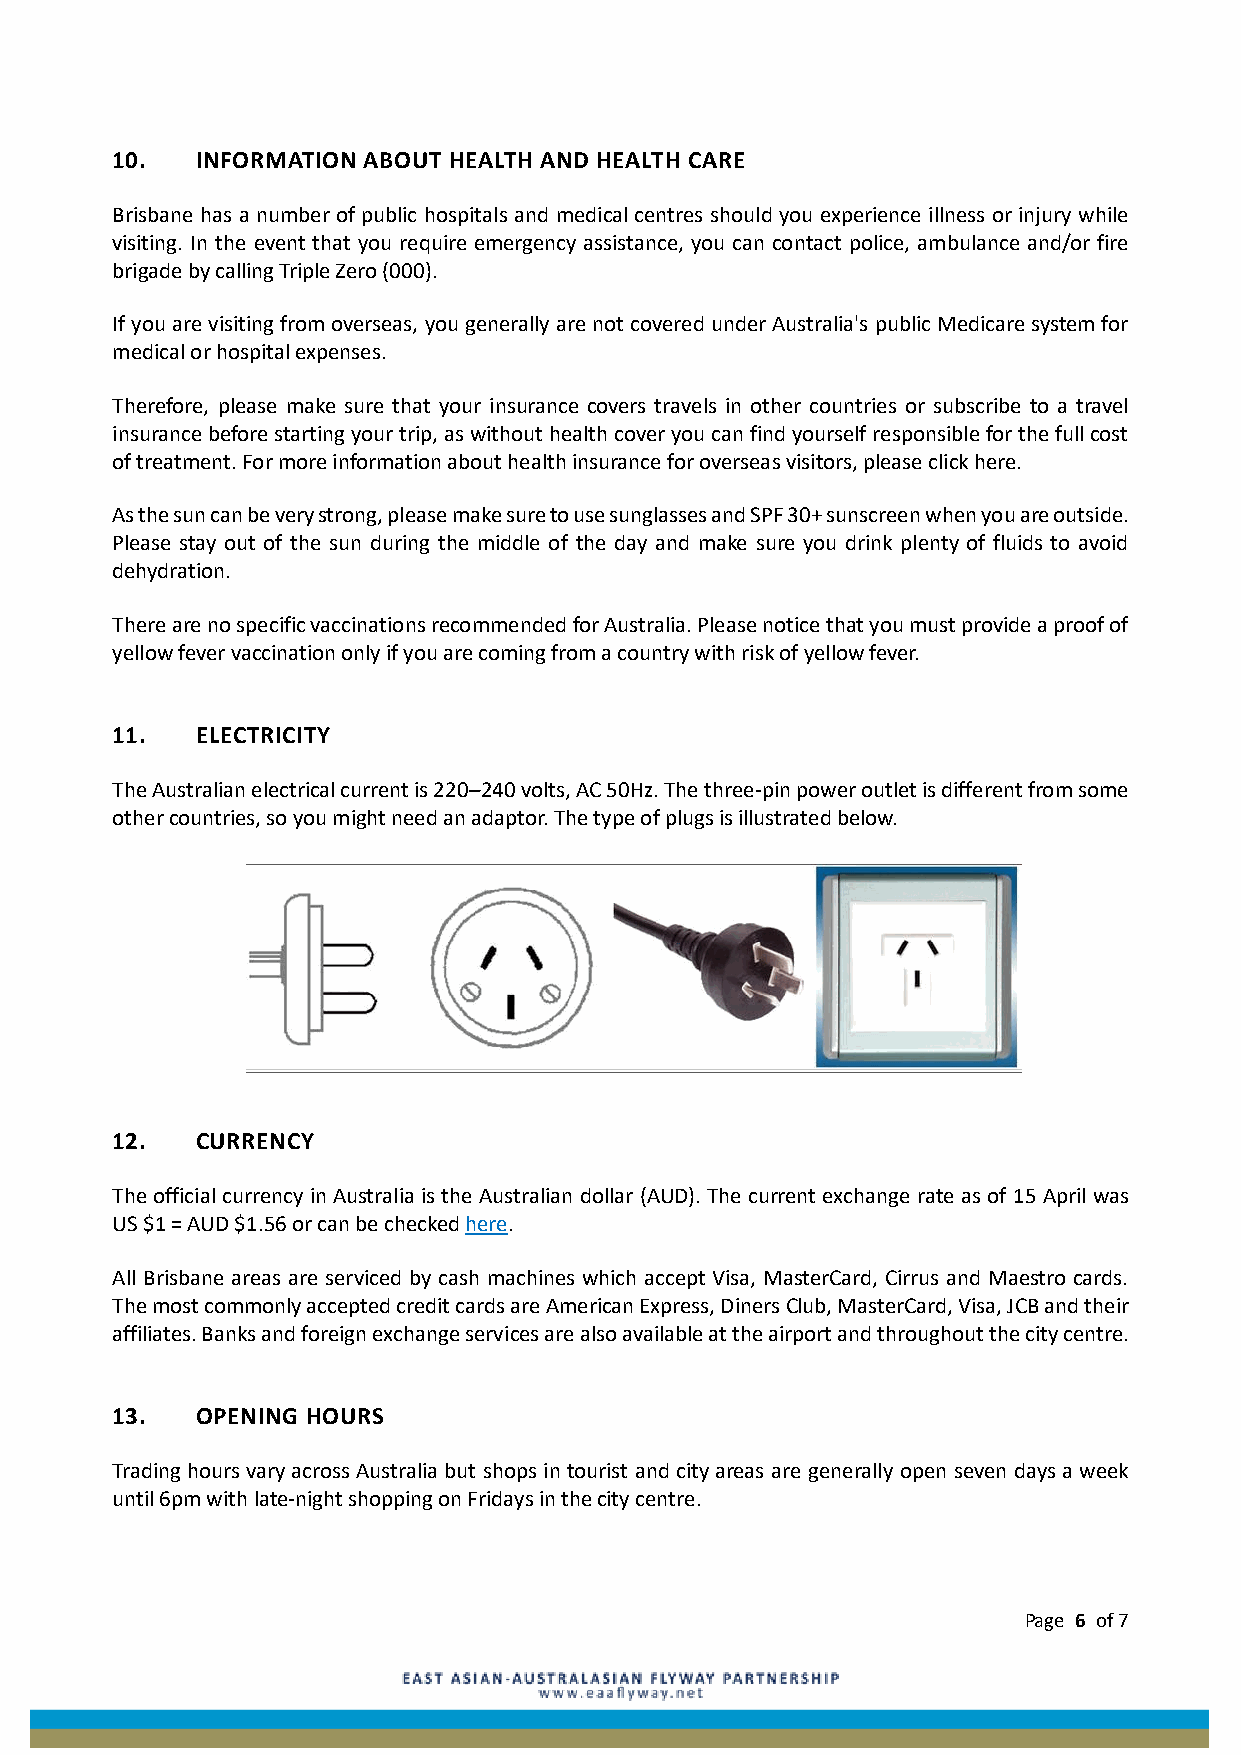
10.   INFORMATION ABOUT HEALTH AND HEALTH CARE
 Brisbane has a number of public hospitals and medical centres should you experience illness or injury while
 visiting. In the event that you require emergency assistance, you can contact police, ambulance and/or fire
 brigade by calling Triple Zero (000).
 If you are visiting from overseas, you generally are not covered under Australia's public Medicare system for
 medical or hospital expenses.
 Therefore, please make sure that your insurance covers travels in other countries or subscribe to a travel
 insurance before starting your trip, as without health cover you can find yourself responsible for the full cost
 of treatment. For more information about health insurance for overseas visitors, please click here.
 As the sun can be very strong, please make sure to use sunglasses and SPF 30+ sunscreen when you are outside.
 Please stay out of the sun during the middle of the day and make sure you drink plenty of fluids to avoid
 dehydration.
 There are no specific vaccinations recommended for Australia. Please notice that you must provide a proof of
 yellow fever vaccination only if you are coming from a country with risk of yellow fever.
 11.   ELECTRICITY
 The Australian electrical current is 220–240 volts, AC 50Hz. The three-pin power outlet is different from some
 other countries, so you might need an adaptor. The type of plugs is illustrated below.
 12.   CURRENCY
 The official currency in Australia is the Australian dollar (AUD). The current exchange rate as of 15 April was
 US $1 = AUD $1.56 or can be checked here.
 All Brisbane areas are serviced by cash machines which accept Visa, MasterCard, Cirrus and Maestro cards.
 The most commonly accepted credit cards are American Express, Diners Club, MasterCard, Visa, JCB and their
 affiliates. Banks and foreign exchange services are also available at the airport and throughout the city centre.
 13.   OPENING HOURS
 Trading hours vary across Australia but shops in tourist and city areas are generally open seven days a week
 until 6pm with late-night shopping on Fridays in the city centre.
 Page 6 of 7